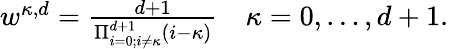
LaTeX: \begin{array}{r}{w^{\kappa,d}=\frac{d+1}{\Pi_{i=0;i\ne\kappa}^{d+1}(i-\kappa)}\quad\kappa=0,\ldots,d+1.}\end{array}